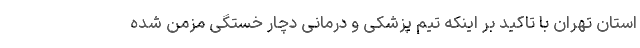
استان تهران با تاکید بر اینکه تیم پزشکی و درمانی دچار خستگی مزمن شده